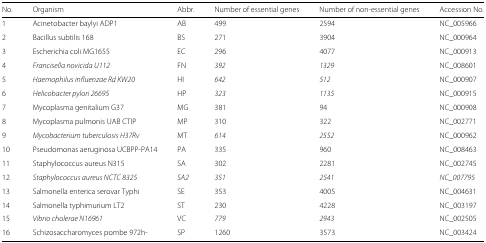
| No. | Organism | Abbr. | Number of essential genes | Number of non-essential genes | Accession No. |
 | --- | --- | --- | --- | --- | --- |
 | 1 | Acinetobacter baylyi ADP1 | AB | 499 | 2594 | NC_005966 |
 | 2 | Bacillus subtilis 168 | BS | 271 | 3904 | NC_000964 |
 | 3 | Escherichia coli MG1655 | EC | 296 | 4077 | NC_000913 |
 | 4 | Francisella novicida U112 | FN | 392 | 1329 | NC_008601 |
 | 5 | Haemophilus influenzae Rd KW20 | HI | 642 | 512 | NC_000907 |
 | 6 | Helicobacter pylori 26695 | HP | 323 | 1135 | NC_000915 |
 | 7 | Mycoplasma genitalium G37 | MG | 381 | 94 | NC_000908 |
 | 8 | Mycoplasma pulmonis UAB CTIP | MP | 310 | 322 | NC_002771 |
 | 9 | Mycobacterium tuberculosis H37Rv | MT | 614 | 2552 | NC_000962 |
 | 10 | Pseudomonas aeruginosa UCBPP-PA14 | PA | 335 | 960 | NC_008463 |
 | 11 | Staphylococcus aureus N315 | SA | 302 | 2281 | NC_002745 |
 | 12 | Staphylococcus aureus NCTC 8325 | SA2 | 351 | 2541 | NC_007795 |
 | 13 | Salmonella enterica serovar Typhi | SE | 353 | 4005 | NC_004631 |
 | 14 | Salmonella typhimurium LT2 | ST | 230 | 4228 | NC_003197 |
 | 15 | Vibrio cholerae N16961 | VC | 779 | 2943 | NC_002505 |
 | 16 | Schizosaccharomyces pombe 972h- | SP | 1260 | 3573 | NC_003424 |